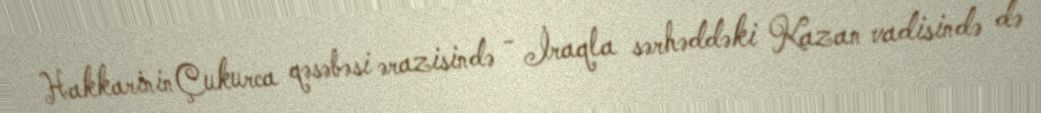
Hakkarinin Çukurca qəsəbəsi ərazisində - İraqla sərhəddəki Kazan vadisində də